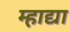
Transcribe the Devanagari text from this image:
म्हाद्या